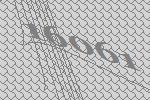
16061